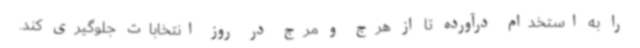
را به استخدام درآورده تا از هرج و مرج در روز انتخابات جلوگیری کند.